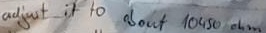
Text: adjust it to about 10450Ω